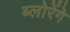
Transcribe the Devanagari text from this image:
ब्लोरेंगे